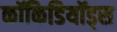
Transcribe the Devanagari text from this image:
कॉकिडियॉड्स